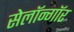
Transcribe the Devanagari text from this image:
सेलॉन्गॉर